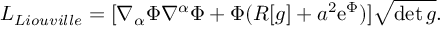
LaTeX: { \cal L } _ { L i o u v i l l e } = [ \nabla _ { \alpha } \Phi \nabla ^ { \alpha } \Phi + \Phi ( R [ g ] + a ^ { 2 } \mathrm { e } ^ { \Phi } ) ] \sqrt { \operatorname * { d e t } g } .